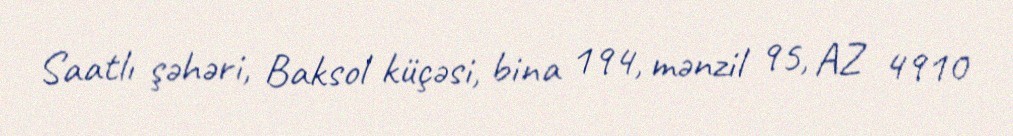
Saatlı şəhəri, Baksol küçəsi, bina 194, mənzil 95, AZ 4910